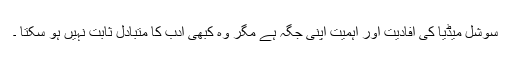
سوشل میڈیا کی افادیت اور اہمیت اپنی جگہ ہے مگر وہ کبھی ادب کا متبادل ثابت نہیں ہو سکتا ۔